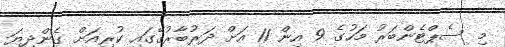
މި ސެޕްޓެންބަރު މަހުގެ 9 އިން 11 އަށް ދަރުބާރުގޭގައި ކުރިއަށް ގެންދިޔަ